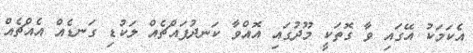
އެކަމަކު އޭގައި ވާ ގޮތަކީ މޫދުގައި އޮއްވާ ކަނދުފައްޗެއް ލަކުޑި ގަނޑެއް އެއްޗެއް